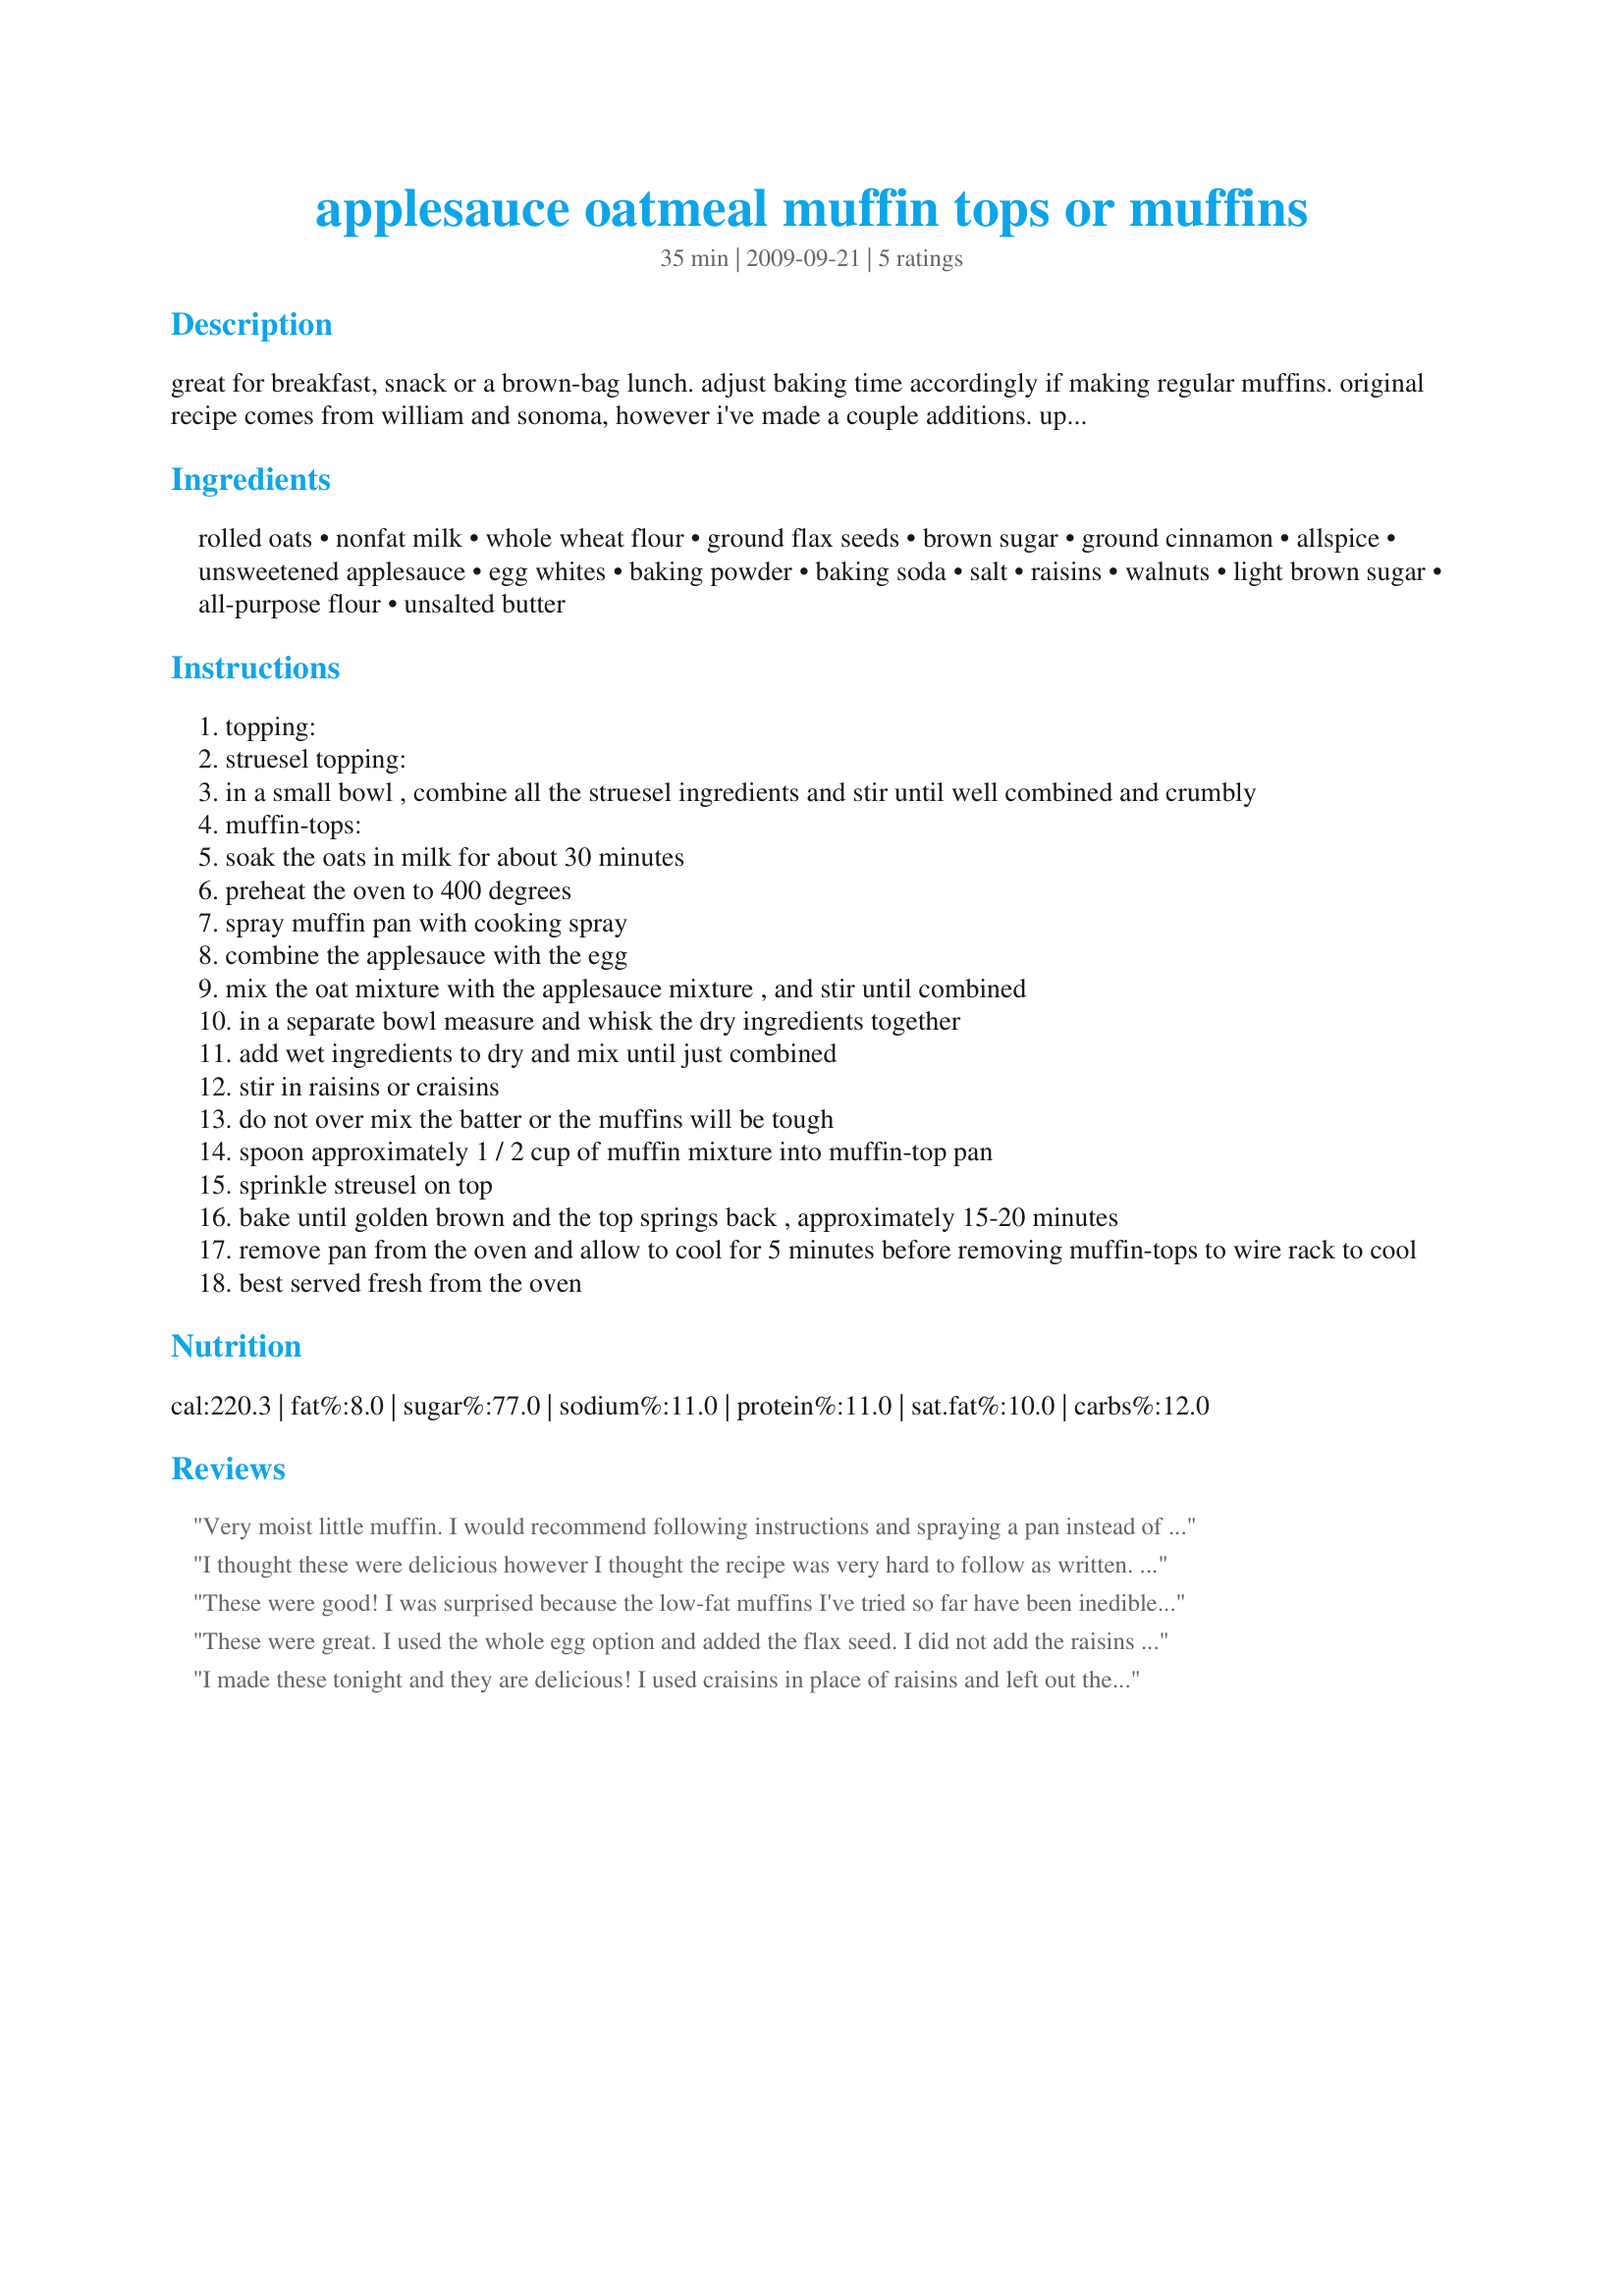
applesauce oatmeal muffin tops or muffins
Preparation time: 35 minutes

great for breakfast, snack or a brown-bag lunch. adjust baking time accordingly if making regular muffins. original recipe comes from william and sonoma, however i've made a couple additions. update: the recipe has been changed to incorporate suggestions from reviwers. update #2: also changed the instructions to reflect the previous changes.

Ingredients:
rolled oats, nonfat milk, whole wheat flour, ground flax seeds, brown sugar, ground cinnamon, allspice, unsweetened applesauce, egg whites, baking powder, baking soda, salt, raisins, walnuts, light brown sugar, all-purpose flour, unsalted butter

Steps:
topping:
struesel topping:
in a small bowl , combine all the struesel ingredients and stir until well combined and crumbly
muffin-tops:
soak the oats in milk for about 30 minutes
preheat the oven to 400 degrees
spray muffin pan with cooking spray
combine the applesauce with the egg
mix the oat mixture with the applesauce mixture , and stir until combined
in a separate bowl measure and whisk the dry ingredients together
add wet ingredients to dry and mix until just combined
stir in raisins or craisins
do not over mix the batter or the muffins will be tough
spoon approximately 1 / 2 cup of muffin mixture into muffin-top pan
sprinkle streusel on top
bake until golden brown and the top springs back , approximately 15-20 minutes
remove pan from the oven and allow to cool for 5 minutes before removing muffin-tops to wire rack to cool
best served fresh from the oven

Reviews:
Very moist little muffin. I would recommend following instructions and spraying a pan instead of using liners as I did both (ran out of liners though) and they muffins in liners stuck to the paper. Next time I'll add more cinnamon though as they were a little plain. Or maybe some raisins. They were the perfect sweetness though!
I thought these were delicious however I thought the recipe was very hard to follow as written. There is a section for the Streusel Topping, but then no directions on how or when to use it. Then another topping is listed in the other section of the recipe. The ingredients are not in any sort of order. Maybe just my inexperience in baking is the problem. We did enjoy these. Thanks GW. Made for ZWT #6
These were good! I was surprised because the low-fat muffins I've tried so far have been inedible. I agree with the other reviewer that they were a little plain. I made half a batch according to directions and half a batch with cinnamon chips added. They were really good with cinnamon chips. I think next time I might try making them with blueberries and leaving off the cinnamon topping.
These were great. I used the whole egg option and added the flax seed. I did not add the raisins as I was out of them. I really liked the fact that the recipe uses applesauce and not oil. Thanks for the recipe.
I made these tonight and they are delicious! I used craisins in place of raisins and left out the option flax. I also added blueberries as suggested by Chef 573772 and they took longer to cook, but are well worth it.
